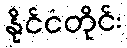
နိုင်ငံတိုင်း